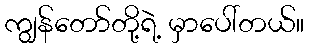
ကျွန်တော်တို့ရဲ့ မှာပေါ်တယ်။